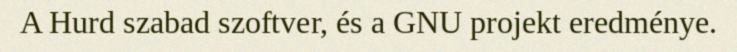
A Hurd szabad szoftver, és a GNU projekt eredménye.